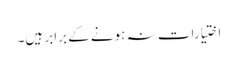
اختیارات نہ ہونے کے برابر ہیں۔